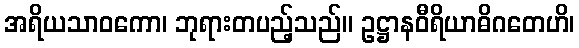
အရိယသာဝကော၊ ဘုရားတပည့်သည်။ ဥဋ္ဌာနဝီရိယာဓိဂတေဟိ၊